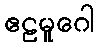
ဧဠမူဂေါ